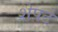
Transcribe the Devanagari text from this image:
शेपटे